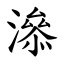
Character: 㵕